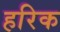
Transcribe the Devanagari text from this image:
हरिक